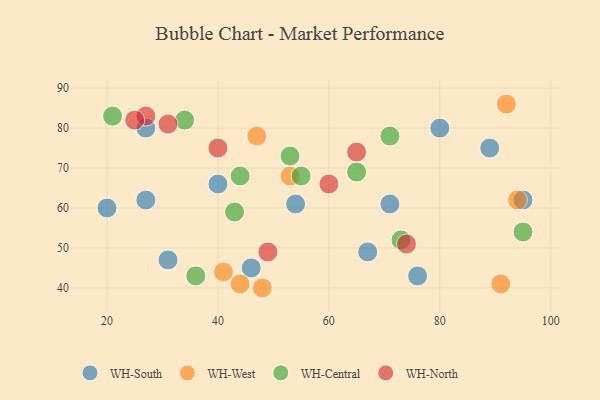
{"axis": {"x": "GDP", "y": "Life Expectancy"}, "legend": ["WH-Central", "WH-North", "WH-South", "WH-West"], "data": [{"x": "20", "y": 60, "type": "WH-South"}, {"x": "27", "y": 80, "type": "WH-South"}, {"x": "40", "y": 66, "type": "WH-South"}, {"x": "76", "y": 43, "type": "WH-South"}, {"x": "95", "y": 62, "type": "WH-South"}, {"x": "31", "y": 47, "type": "WH-South"}, {"x": "80", "y": 80, "type": "WH-South"}, {"x": "71", "y": 61, "type": "WH-South"}, {"x": "46", "y": 45, "type": "WH-South"}, {"x": "67", "y": 49, "type": "WH-South"}, {"x": "89", "y": 75, "type": "WH-South"}, {"x": "27", "y": 62, "type": "WH-South"}, {"x": "54", "y": 61, "type": "WH-South"}, {"x": "53", "y": 68, "type": "WH-West"}, {"x": "92", "y": 86, "type": "WH-West"}, {"x": "41", "y": 44, "type": "WH-West"}, {"x": "94", "y": 62, "type": "WH-West"}, {"x": "91", "y": 41, "type": "WH-West"}, {"x": "48", "y": 40, "type": "WH-West"}, {"x": "47", "y": 78, "type": "WH-West"}, {"x": "44", "y": 41, "type": "WH-West"}, {"x": "43", "y": 59, "type": "WH-Central"}, {"x": "55", "y": 68, "type": "WH-Central"}, {"x": "71", "y": 78, "type": "WH-Central"}, {"x": "36", "y": 43, "type": "WH-Central"}, {"x": "21", "y": 83, "type": "WH-Central"}, {"x": "73", "y": 52, "type": "WH-Central"}, {"x": "65", "y": 69, "type": "WH-Central"}, {"x": "44", "y": 68, "type": "WH-Central"}, {"x": "95", "y": 54, "type": "WH-Central"}, {"x": "53", "y": 73, "type": "WH-Central"}, {"x": "34", "y": 82, "type": "WH-Central"}, {"x": "49", "y": 49, "type": "WH-North"}, {"x": "40", "y": 75, "type": "WH-North"}, {"x": "60", "y": 66, "type": "WH-North"}, {"x": "65", "y": 74, "type": "WH-North"}, {"x": "31", "y": 81, "type": "WH-North"}, {"x": "27", "y": 83, "type": "WH-North"}, {"x": "25", "y": 82, "type": "WH-North"}, {"x": "74", "y": 51, "type": "WH-North"}]}